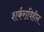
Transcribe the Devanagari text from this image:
शर्कराविहीन